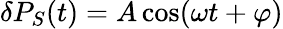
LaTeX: \delta P_{S}(t)=A\cos(\omega t+\varphi)